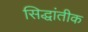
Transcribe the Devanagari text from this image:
सिद्धांतीक